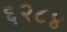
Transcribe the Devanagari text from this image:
६२८४